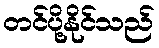
တင်ပို့နိုင်သည်